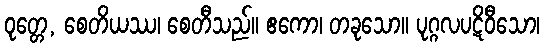
ဝုတ္တေ, စေတိယဿ၊ စေတီသည်။ ဧကော၊ တခုသော။ ပုဂ္ဂလပဋိဝီသော၊